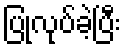
ပြုလုပ်ခဲ့ပြီး